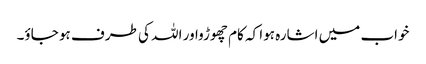
خواب میں اشارہ ہوا کہ کام چھوڑواور اللہ کی طرف ہو جاؤ۔